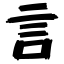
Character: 言